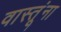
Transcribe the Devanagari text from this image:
वास्तूंना